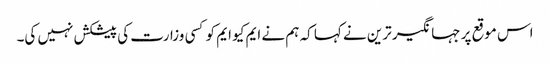
اس موقع پر جہانگیر ترین نے کہا کہ ہم نے ایم کیو ایم کو کسی وزارت کی پیشکش نہیں کی۔